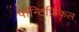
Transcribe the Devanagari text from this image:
पॉन्टिफ़िकल